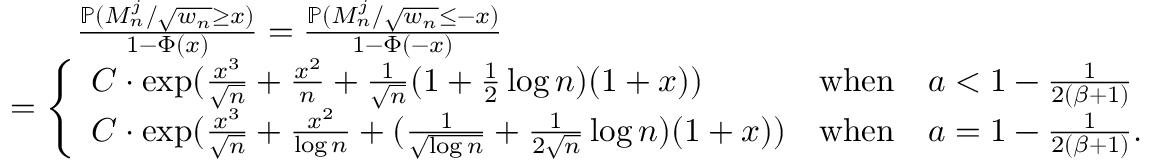
\begin{array} { r l } & { \quad \quad \frac { \mathbb { P } ( M _ { n } ^ { j } / \sqrt { w _ { n } } \geq x ) } { 1 - \Phi ( x ) } = \frac { \mathbb { P } ( M _ { n } ^ { j } / \sqrt { w _ { n } } \leq - x ) } { 1 - \Phi ( - x ) } } \\ & { = \left\{ \begin{array} { l l } { C \cdot \exp ( \frac { x ^ { 3 } } { \sqrt { n } } + \frac { x ^ { 2 } } { n } + \frac { 1 } { \sqrt { n } } ( 1 + \frac { 1 } { 2 } \log n ) ( 1 + x ) ) } & { \mathrm { w h e n } \quad a < 1 - \frac { 1 } { 2 ( \beta + 1 ) } } \\ { C \cdot \exp ( \frac { x ^ { 3 } } { \sqrt { n } } + \frac { x ^ { 2 } } { \log n } + ( \frac { 1 } { \sqrt { \log n } } + \frac { 1 } { 2 \sqrt { n } } \log n ) ( 1 + x ) ) } & { \mathrm { w h e n } \quad a = 1 - \frac { 1 } { 2 ( \beta + 1 ) } . } \end{array} \right. } \end{array}